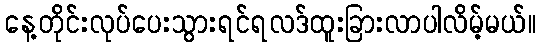
နေ့တိုင်းလုပ်ပေးသွားရင်ရလဒ်ထူးခြားလာပါလိမ့်မယ်။